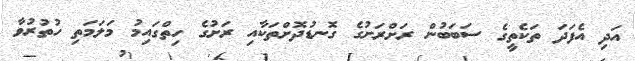
އަދި އެފަދަ ތަކެތީގެ ސަބަބުން ރަށްރަށުގެ ގޮނޑުދޮށްތަކާއި ރަށުގެ ހިތްގައިމު މަލަމަތި ހުތުރުވާ